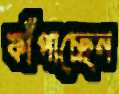
ফাঁপাচ্ছেন